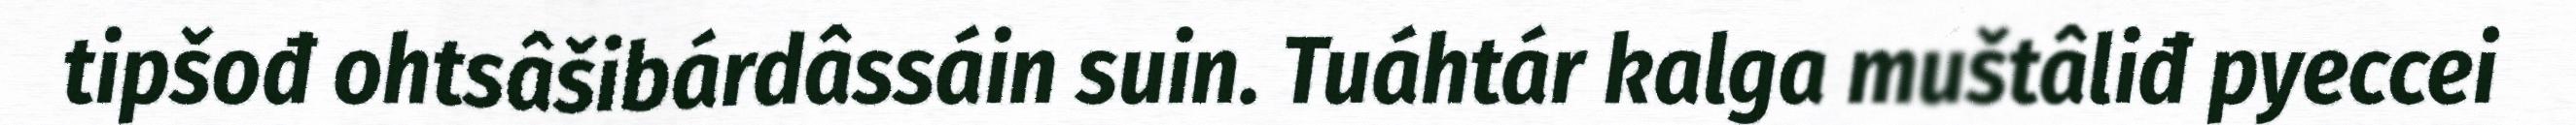
tipšođ ohtsâšibárdâssáin suin. Tuáhtár kalga muštâliđ pyeccei